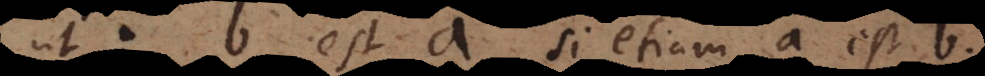
: b est a, si etiam a est b.